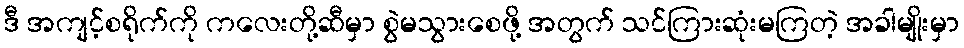
ဒီ အကျင့်စရိုက်ကို ကလေးတို့ဆီမှာ စွဲမသွားစေဖို့ အတွက် သင်ကြားဆုံးမကြတဲ့ အခါမျိုးမှာ